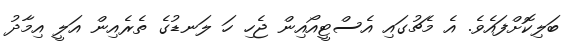
ބަލިކޮށްފައެވެ. އެ މެޗުގައި އެސްޓީއޯއިން ޖެހި ހަ ލަނޑުގެ ތެރެއިން އަލީ އިމާދު